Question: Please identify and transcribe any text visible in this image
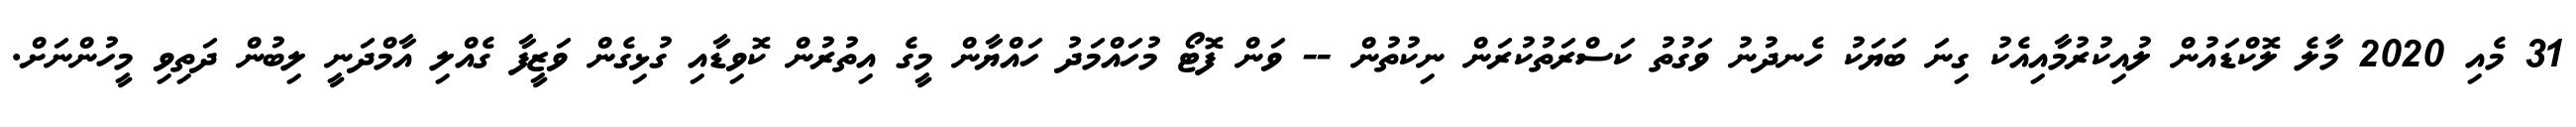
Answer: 31 މެއި 2020 މާލެ ލޮކްޑައުން ލުއިކުރުމާއިއެކު ގިނަ ބަޔަކު ހެނދުނު ވަގުތު ކަސްރަތުކުރަން ނިކުތުން -- ވަން ފޮޓޯ މުހައްމަދު ހައްޔާން މީގެ އިތުރުން ކޮވިޑާއި ގުޅިގެން ވަޒީފާ ގެއްލި އާމްދަނީ ލިބުން ދަތިވި މީހުންނަށް.